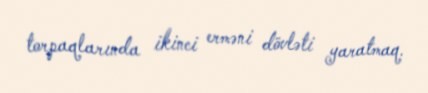
torpaqlarında ikinci erməni dövləti yaratmaq.